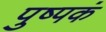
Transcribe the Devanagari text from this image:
पुष्‍पकं